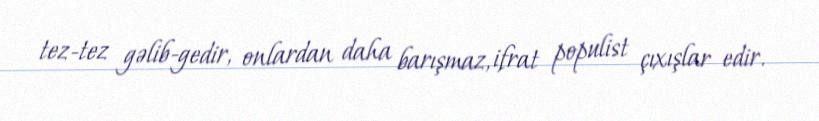
tez-tez gəlib-gedir, onlardan daha barışmaz, ifrat populist çıxışlar edir.